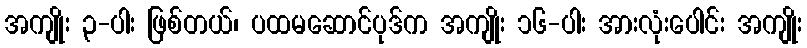
အကျိုး ၃-ပါး ဖြစ်တယ်၊ ပထမဆောင်ပုဒ်က အကျိုး ၁၆-ပါး အားလုံးပေါင်း အကျိုး